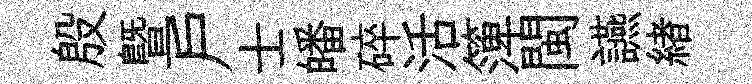
殷暨户士皤碎活𥱼閩讌緖